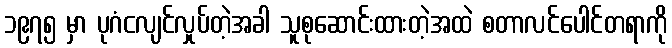
၁၉၇၅ မှာ ပုဂံငလျင်လှုပ်တဲ့အခါ သူစုဆောင်းထားတဲ့အထဲ စတာလင်ပေါင်တရာကို